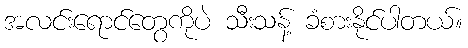
အလင်းရောင်တွေကိုပဲ သီးသန့် ခံစားနိုင်ပါတယ်။